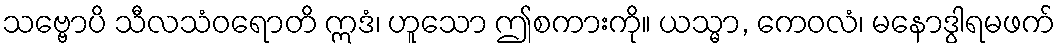
သဗ္ဗောပိ သီလသံဝရောတိ ဣဒံ၊ ဟူသော ဤစကားကို။ ယသ္မာ, ကေဝလံ၊ မနောဒွါရမဖက်